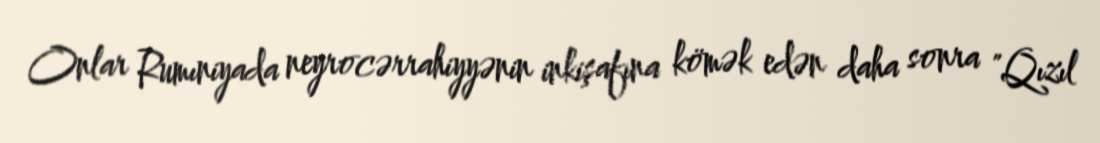
Onlar Rumıniyada neyrocərrahiyyənin inkişafına kömək edən daha sonra "Qızıl